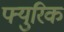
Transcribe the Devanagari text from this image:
फ्युरिक